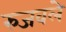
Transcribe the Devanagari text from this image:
रुजवले